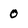
Character: 0